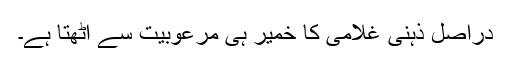
دراصل ذہنی غلامی کا خمیر ہی مرعوبیت سے اٹھتا ہے۔